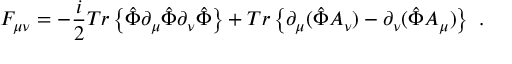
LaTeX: { \cal F } _ { \mu \nu } = - \frac { i } { 2 } T r \left\{ \hat { \Phi } \partial _ { \mu } \hat { \Phi } \partial _ { \nu } \hat { \Phi } \right\} + T r \left\{ \partial _ { \mu } ( \hat { \Phi } A _ { \nu } ) - \partial _ { \nu } ( \hat { \Phi } A _ { \mu } ) \right\} \ .